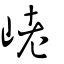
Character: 峔